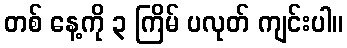
တစ် နေ့ကို ၃ ကြိမ် ပလုတ် ကျင်းပါ။